Problem: 8 × 5 = ?
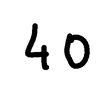
Handwritten answer: 40